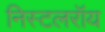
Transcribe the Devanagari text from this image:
निस्टलरॉय